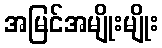
အမြင်အမျိုးမျိုး